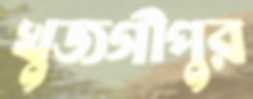
খুজগীপুর